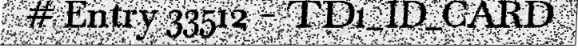
# Entry 33512 - TD1_ID_CARD